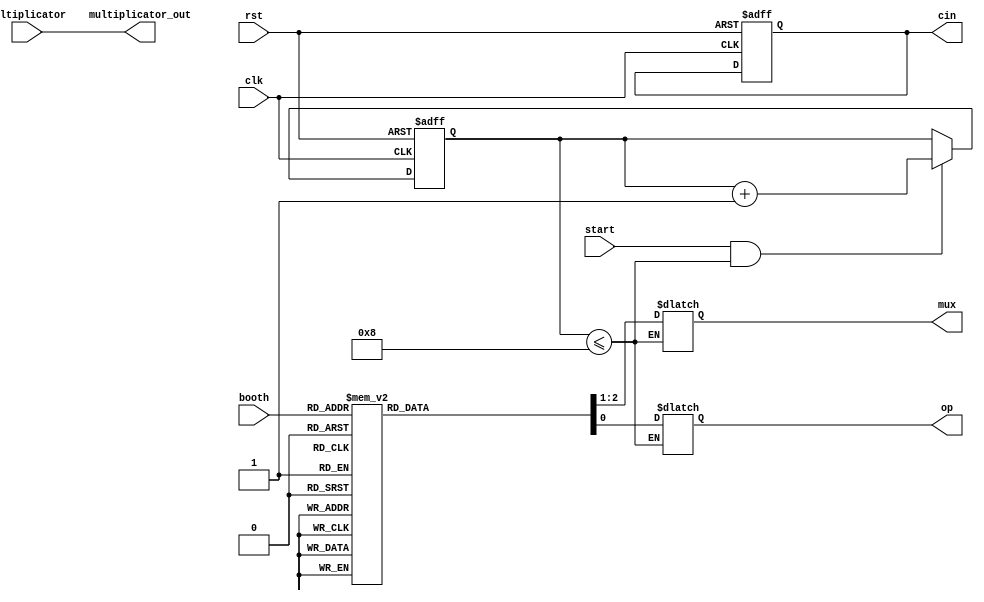
module ctrl(
input clk,
input rst,
input start,
input[15:0] multiplicator,
input[2:0] booth,
output[15:0] multiplicator_out,//
output[1:0] mux,//ѡźţ00Ϊ0,01Ϊx,10Ϊ2x
output cin,//λź
output op//ӷѡźţ0Ϊӷ1Ϊ
    );
reg[3:0] cnt;	 
reg cin;
reg[1:0] mux;
reg op;
always@(posedge clk or negedge rst)
	if(!rst)
		begin
			cin<=1'b0;
			cnt<=4'b0;	
		end
	else if(start && cnt<=4'd8)
		begin
			cnt<=cnt+1'b1;
		end
	else
		begin
			cnt<=cnt;
		end
always@(booth or start or cnt)
	if(cnt<=4'd8)
		case(booth)
				3'b000:
					begin
						op=1'b0;
						mux=2'b00;
					end
				3'b001,3'b010:
					begin
						op=1'b0;
						mux=2'b01;
					end
				3'b011:
					begin
						op=1'b0;
						mux=2'b10;
					end
				3'b100:
					begin
						op=1'b1;
						mux=2'b10;
					end
				3'b101,3'b110:
					begin
						op=1'b1;
						mux=2'b01;
					end
				3'b111:
					begin
						op=1'b1;
						mux=2'b00;
					end
				default:
					begin
						op=1'b0;
						mux=2'b00;
					end
			endcase
assign 
		multiplicator_out=multiplicator;
endmodule